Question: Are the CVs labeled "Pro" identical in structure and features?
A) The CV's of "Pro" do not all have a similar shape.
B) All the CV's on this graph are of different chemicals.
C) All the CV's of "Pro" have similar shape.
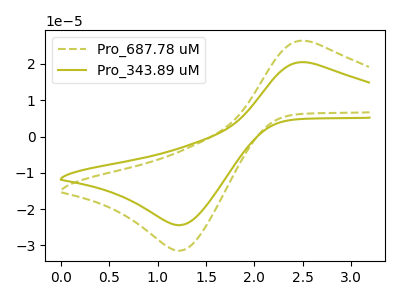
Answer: <think>The olive dashed curve "Pro_687.78 uM" has an anodic peak at (2.55V, 26.30uA) and a cathodic peak at (1.25V, -31.45uA). The olive curve "Pro_343.89 uM" has an anodic peak at (2.55V, 20.40uA) and a cathodic peak at (1.25V, -24.40uA).
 All the peaks in "Pro_687.78 uM" have a peak in "Pro_343.89 uM" at the same potential. Every peak in "Pro_687.78 uM" is higher than every peak in "Pro_343.89 uM".</think>
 <answer>C) All the CV's of "Pro" have similar shape.</answer>
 <eval>C</eval>